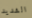
الشديد